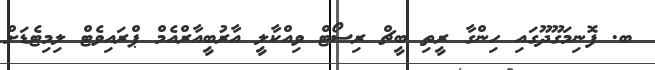
ބ. ފޮނިމަގޫދޫގައި ހިންގާ ރީތި ބީޗް ރިސޯޓް ވިއްކާލީ އާރުބީއާރްއެމް ޕްރައިވެޓް ލިމިޓެޑަށް